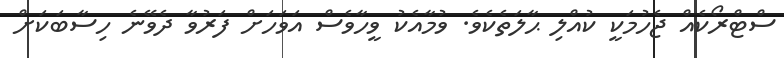
ސްޓްރޯކެއް ޖެހުމަކީ ކުއްލި ޙާލަތެކެވެ. ވުމާއެކު ވީހާވެސް އަވަހަށް ފަރުވާ ދެވޭނެ ހިސާބަކަށް